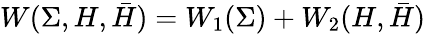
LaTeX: W(\Sigma,H,\bar{H})=W_{1}(\Sigma)+W_{2}(H,\bar{H})